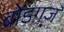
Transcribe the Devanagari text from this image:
ब्रोडगज